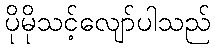
ပိုမိုသင့်လျော်ပါသည်